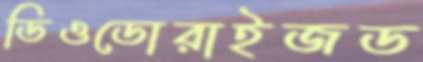
ডিওডোরাইজড